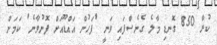
ކުރާ 850 ގޮނޑި މާލެ ގެނެސްފައި ވަނީ 'ފަހުން އައްޑޫއަށް ފޮނުވާނެ' ކަމަށް